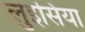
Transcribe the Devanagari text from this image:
लुइसिया